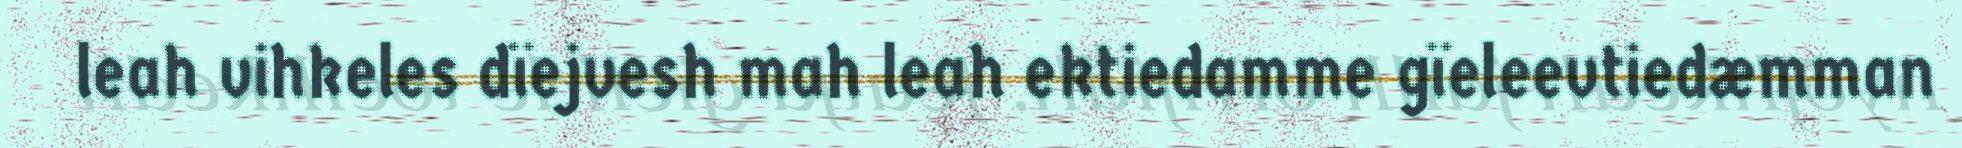
leah vihkeles dïejvesh mah leah ektiedamme gïeleevtiedæmman